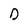
Character: O